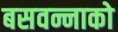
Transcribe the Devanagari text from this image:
बसवन्नाको